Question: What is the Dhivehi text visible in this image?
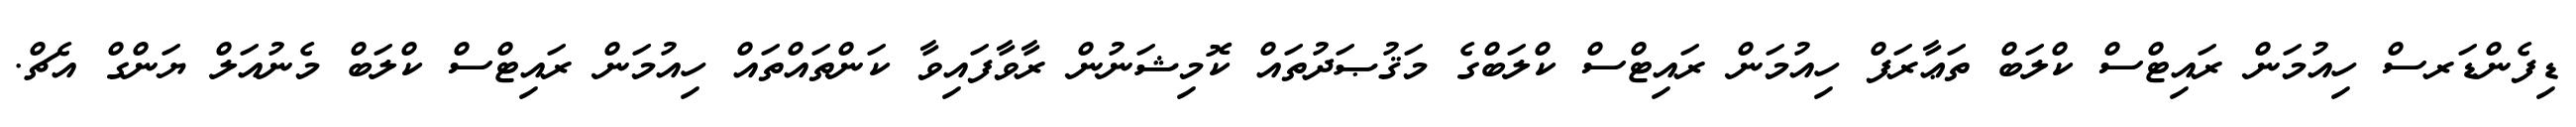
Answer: ޑިފެންޑަރސް ހިއުމަން ރައިޓްސް ކްލަބް ތަޢާރަފް ހިއުމަން ރައިޓްސް ކްލަބްގެ މަޤުޞަދުތައް ކޮމިޝަނުން ރާވާފައިވާ ކަންތައްތައް ހިއުމަން ރައިޓްސް ކްލަބް މެނުއަލް ޔަންގް އެޗް.